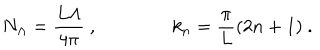
N _ { \Lambda } = \frac { L \Lambda } { 4 \pi } \ , \qquad \qquad k _ { n } = \frac { \pi } { L } ( 2 n + 1 ) \ .